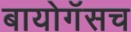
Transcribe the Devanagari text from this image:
बायोगॅसच